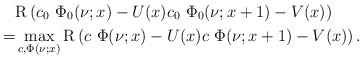
\begin{align*}&\mathrm{R}\left(c_0~\Phi_0(\nu;x)-U(x)c_0~\Phi_0(\nu;x+1)-V(x)\right)\\=&\max_{c, \Phi(\nu;x)}\mathrm{R}\left(c~\Phi(\nu;x)-U(x)c~\Phi(\nu;x+1)-V(x)\right).\end{align*}